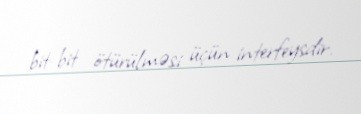
bit-bit ötürülməsi üçün interfeysdir.